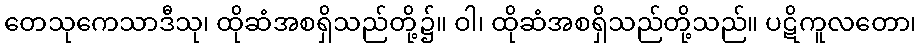
တေသုကေသာဒီသု၊ ထိုဆံအစရှိသည်တို့၌။ ဝါ၊ ထိုဆံအစရှိသည်တို့သည်။ ပဋိကူလတော၊